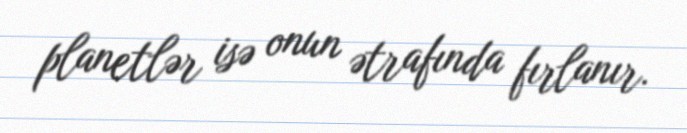
planetlər isə onun ətrafında fırlanır.